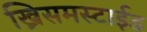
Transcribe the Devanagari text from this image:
ख्रिसमस्टाईड